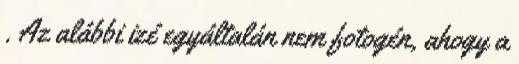
. Az alábbi izé egyáltalán nem fotogén, ahogy a